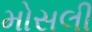
મોસલી